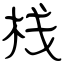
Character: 栈